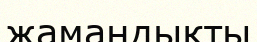
жамандықты